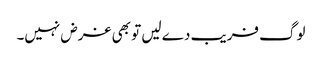
لوگ فریب دے لیں تو بھی غرض نہیں۔